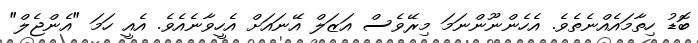
ބޮޑު ހިތާމައެއްނެތެވެ. އެހެންނޫންނަމަ މިރޭވެސް އަޒަލް އޭނައަށް އެހީވާނެއެވެ. އެއީ ހަމަ "އެންޖެލް"